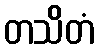
တသိတံ